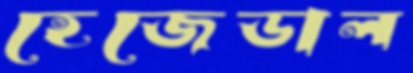
হেজেডাল